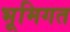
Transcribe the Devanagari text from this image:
भूमिगत